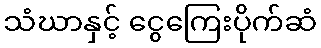
သံဃာနှင့် ငွေကြေးပိုက်ဆံ